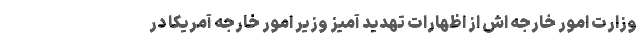
وزارت امور خارجه اش از اظهارات تهدید آمیز وزیر امور خارجه آمریکا در